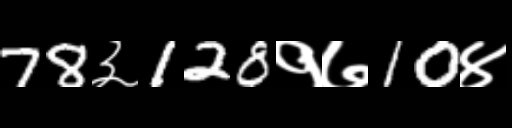
Text: 78३128१७10४